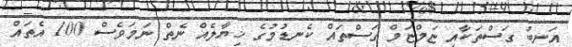
އަނބު ގަސްތަކާއި ޏަމްޏަމް ގަސްތައް ކެނޑުމުގެ ޚިޔާލެއް ނެތް ނަމަވެސް 100 އެތައް